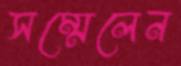
সম্মেলেন